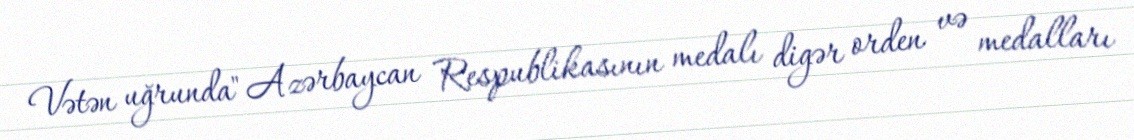
Vətən uğrunda" Azərbaycan Respublikasının medalı digər orden və medalları